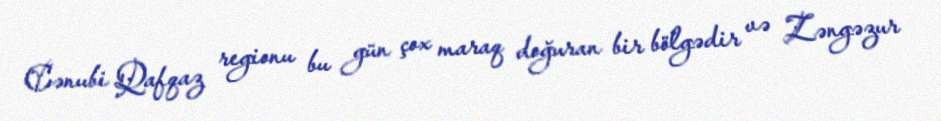
Cənubi Qafqaz regionu bu gün çox maraq doğuran bir bölgədir və Zəngəzur